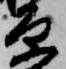
原